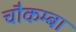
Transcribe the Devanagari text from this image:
चौकम्‍बा